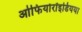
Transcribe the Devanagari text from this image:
ओफियोरॉइडियया